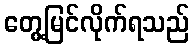
တွေ့မြင်လိုက်ရသည်